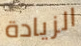
الزيادة